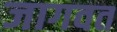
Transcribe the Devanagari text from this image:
जागवत